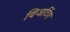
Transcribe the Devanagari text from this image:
विजटिंग